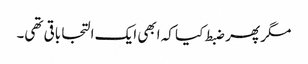
مگر پھر ضبط کیا کہ ابھی ایک التجا باقی تھی۔